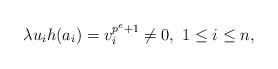
LaTeX: \begin{align*} \lambda u_ih(a_i)=v_i^{p^e+1}\neq 0,\ 1\leq i\leq n, \end{align*}